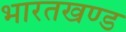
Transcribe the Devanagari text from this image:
भारतखण्ड